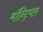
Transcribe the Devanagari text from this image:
माॅन्ट्रियल